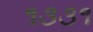
૧૩૩૧